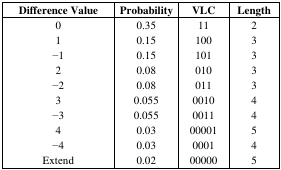
<table><thead><tr><td><b>Difference Value</b></td><td><b>Probability</b></td><td><b>VLC</b></td><td><b>Length</b></td></tr></thead><tbody><tr><td>0</td><td>0.35</td><td>11</td><td>2</td></tr><tr><td>1</td><td>0.15</td><td>100</td><td>3</td></tr><tr><td>−1</td><td>0.15</td><td>101</td><td>3</td></tr><tr><td>2</td><td>0.08</td><td>010</td><td>3</td></tr><tr><td>−2</td><td>0.08</td><td>011</td><td>3</td></tr><tr><td>3</td><td>0.055</td><td>0010</td><td>4</td></tr><tr><td>−3</td><td>0.055</td><td>0011</td><td>4</td></tr><tr><td>4</td><td>0.03</td><td>00001</td><td>5</td></tr><tr><td>−4</td><td>0.03</td><td>0001</td><td>4</td></tr><tr><td>Extend</td><td>0.02</td><td>00000</td><td>5</td></tr></tbody></table>